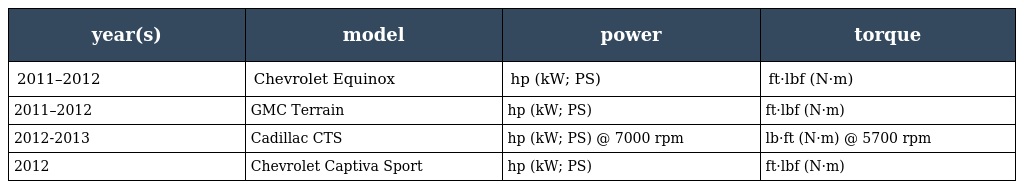
| year(s) | model | power | torque |
 | --- | --- | --- | --- |
 | 2011–2012 | Chevrolet Equinox | hp (kW; PS) | ft·lbf (N·m) |
 | 2011–2012 | GMC Terrain | hp (kW; PS) | ft·lbf (N·m) |
 | 2012-2013 | Cadillac CTS | hp (kW; PS) @ 7000 rpm | lb·ft (N·m) @ 5700 rpm |
 | 2012 | Chevrolet Captiva Sport | hp (kW; PS) | ft·lbf (N·m) |